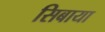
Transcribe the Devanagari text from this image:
सिबाया